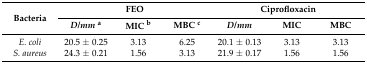
<table><thead><tr><td rowspan="2"><b>Bacteria</b></td><td colspan="3"><b>FEO</b></td><td colspan="3"><b>Ciprofloxacin</b></td></tr><tr><td><b><i>D/mm</i><sup>a</sup></b></td><td><b>MIC <sup>b</sup></b></td><td><b>MBC <sup>c</sup></b></td><td><b><i>D/mm</i></b></td><td><b>MIC</b></td><td><b>MBC</b></td></tr></thead><tbody><tr><td><i>E. coli</i></td><td>20.5 ± 0.25</td><td>3.13</td><td>6.25</td><td>20.1 ± 0.13</td><td>3.13</td><td>3.13</td></tr><tr><td><i>S. aureus</i></td><td>24.3 ± 0.21</td><td>1.56</td><td>3.13</td><td>21.9 ± 0.17</td><td>1.56</td><td>1.56</td></tr></tbody></table>